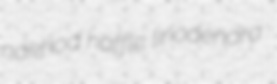
nakhod haffle liriodendra